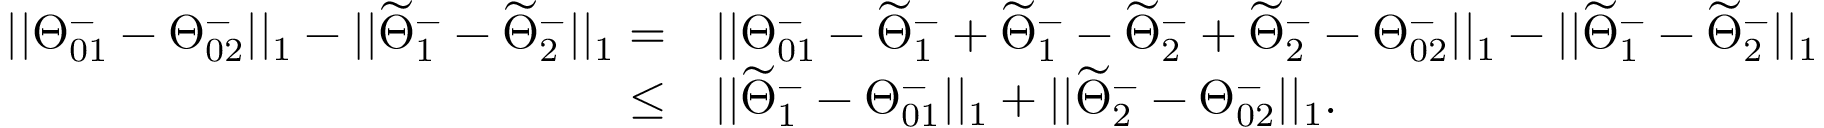
\begin{array} { r l } { | | \Theta _ { 0 1 } ^ { - } - \Theta _ { 0 2 } ^ { - } | | _ { 1 } - | | \widetilde { \Theta } _ { 1 } ^ { - } - \widetilde { \Theta } _ { 2 } ^ { - } | | _ { 1 } = } & { | | \Theta _ { 0 1 } ^ { - } - \widetilde { \Theta } _ { 1 } ^ { - } + \widetilde { \Theta } _ { 1 } ^ { - } - \widetilde { \Theta } _ { 2 } ^ { - } + \widetilde { \Theta } _ { 2 } ^ { - } - \Theta _ { 0 2 } ^ { - } | | _ { 1 } - | | \widetilde { \Theta } _ { 1 } ^ { - } - \widetilde { \Theta } _ { 2 } ^ { - } | | _ { 1 } } \\ { \leq } & { | | \widetilde { \Theta } _ { 1 } ^ { - } - \Theta _ { 0 1 } ^ { - } | | _ { 1 } + | | \widetilde { \Theta } _ { 2 } ^ { - } - \Theta _ { 0 2 } ^ { - } | | _ { 1 } . } \end{array}